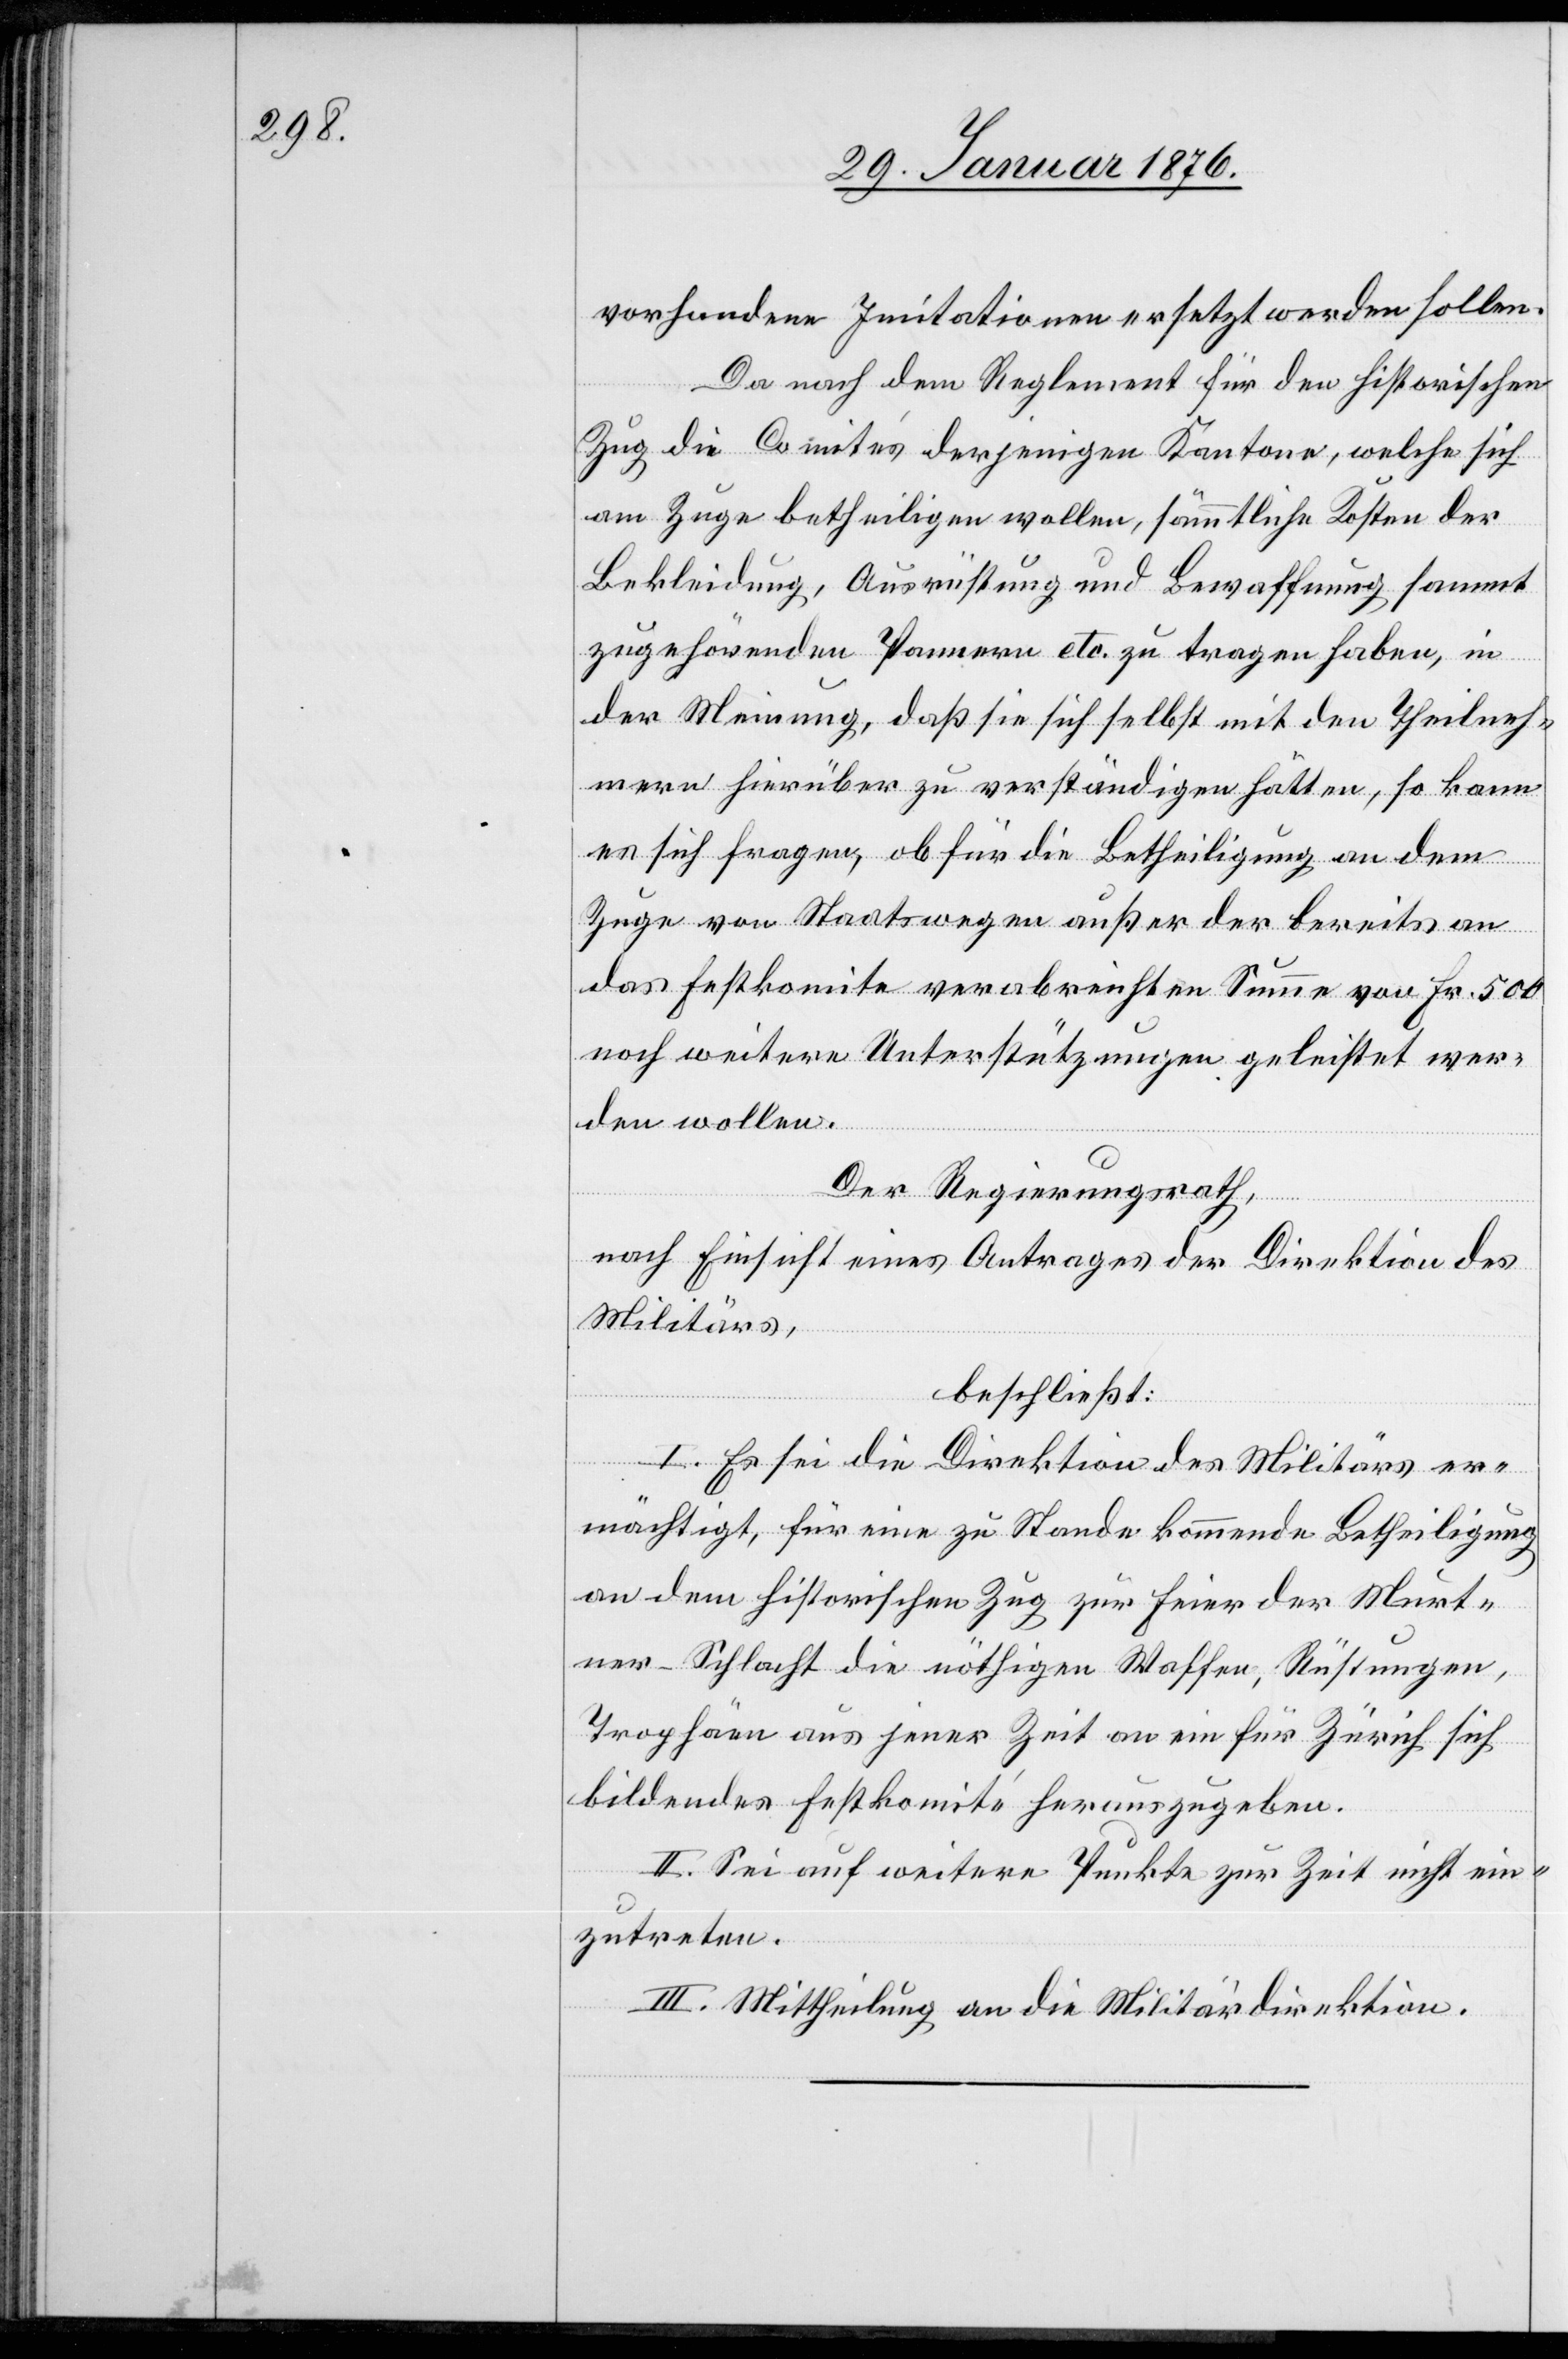
vorhandene Imitationen ersetzt werden sollen.
Da nach dem Reglement für den historischen
Zug die Comités derjenigen Kantone, welche sich
am Zuge betheiligen wollen, sämmtliche Kosten der
Bekleidung, Ausrüstung und Bewaffnung sammt
zugehörenden Pannern etc. zu tragen haben, in
der Meinung, daß sie sich selbst mit den Theilneh¬
mern hierüber zu verständigen hätten, so kann
es sich fragen, ob für die Betheiligung an dem
Zuge von Staatswegen außer der bereits an
das Festkomite verabreichten Summe von Fr. 500
noch weitere Unterstützungen geleistet wer¬
den wollen.
Der Regierungsrath,
nach Einsicht eines Antrages der Direktion des
Militärs,
beschließt:
I. Es sei die Direktion des Militärs er¬
mächtigt, für eine zu Stande kommende Betheiligung
an dem historischen Zug zur Feier der Murt¬
ner-Schlacht die nöthigen Waffen, Rüstungen,
Trophäen aus jener Zeit an ein für Zürich sich
bildendes Festkomité herauszugeben.
II. Sei auf weitere Punkte zur Zeit nicht ein¬
zutreten.
III. Mittheilung an die Militärdirektion.